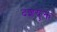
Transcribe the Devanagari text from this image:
दंशयुक्त